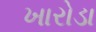
ખારોડા